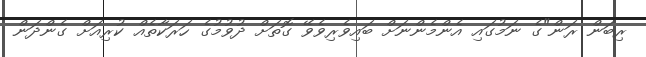
ރިބަން ރަން"ގެ ނަމުގައި އެންމެންނަށް ބައިވެރިވެވޭ ގޮތަށް ދުވުމުގެ ހަރަކާތެއް ކުރިއަށް ގެންދަން